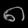
Digit: ၈